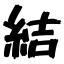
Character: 結